Haapsalu_Metskond, lk 33
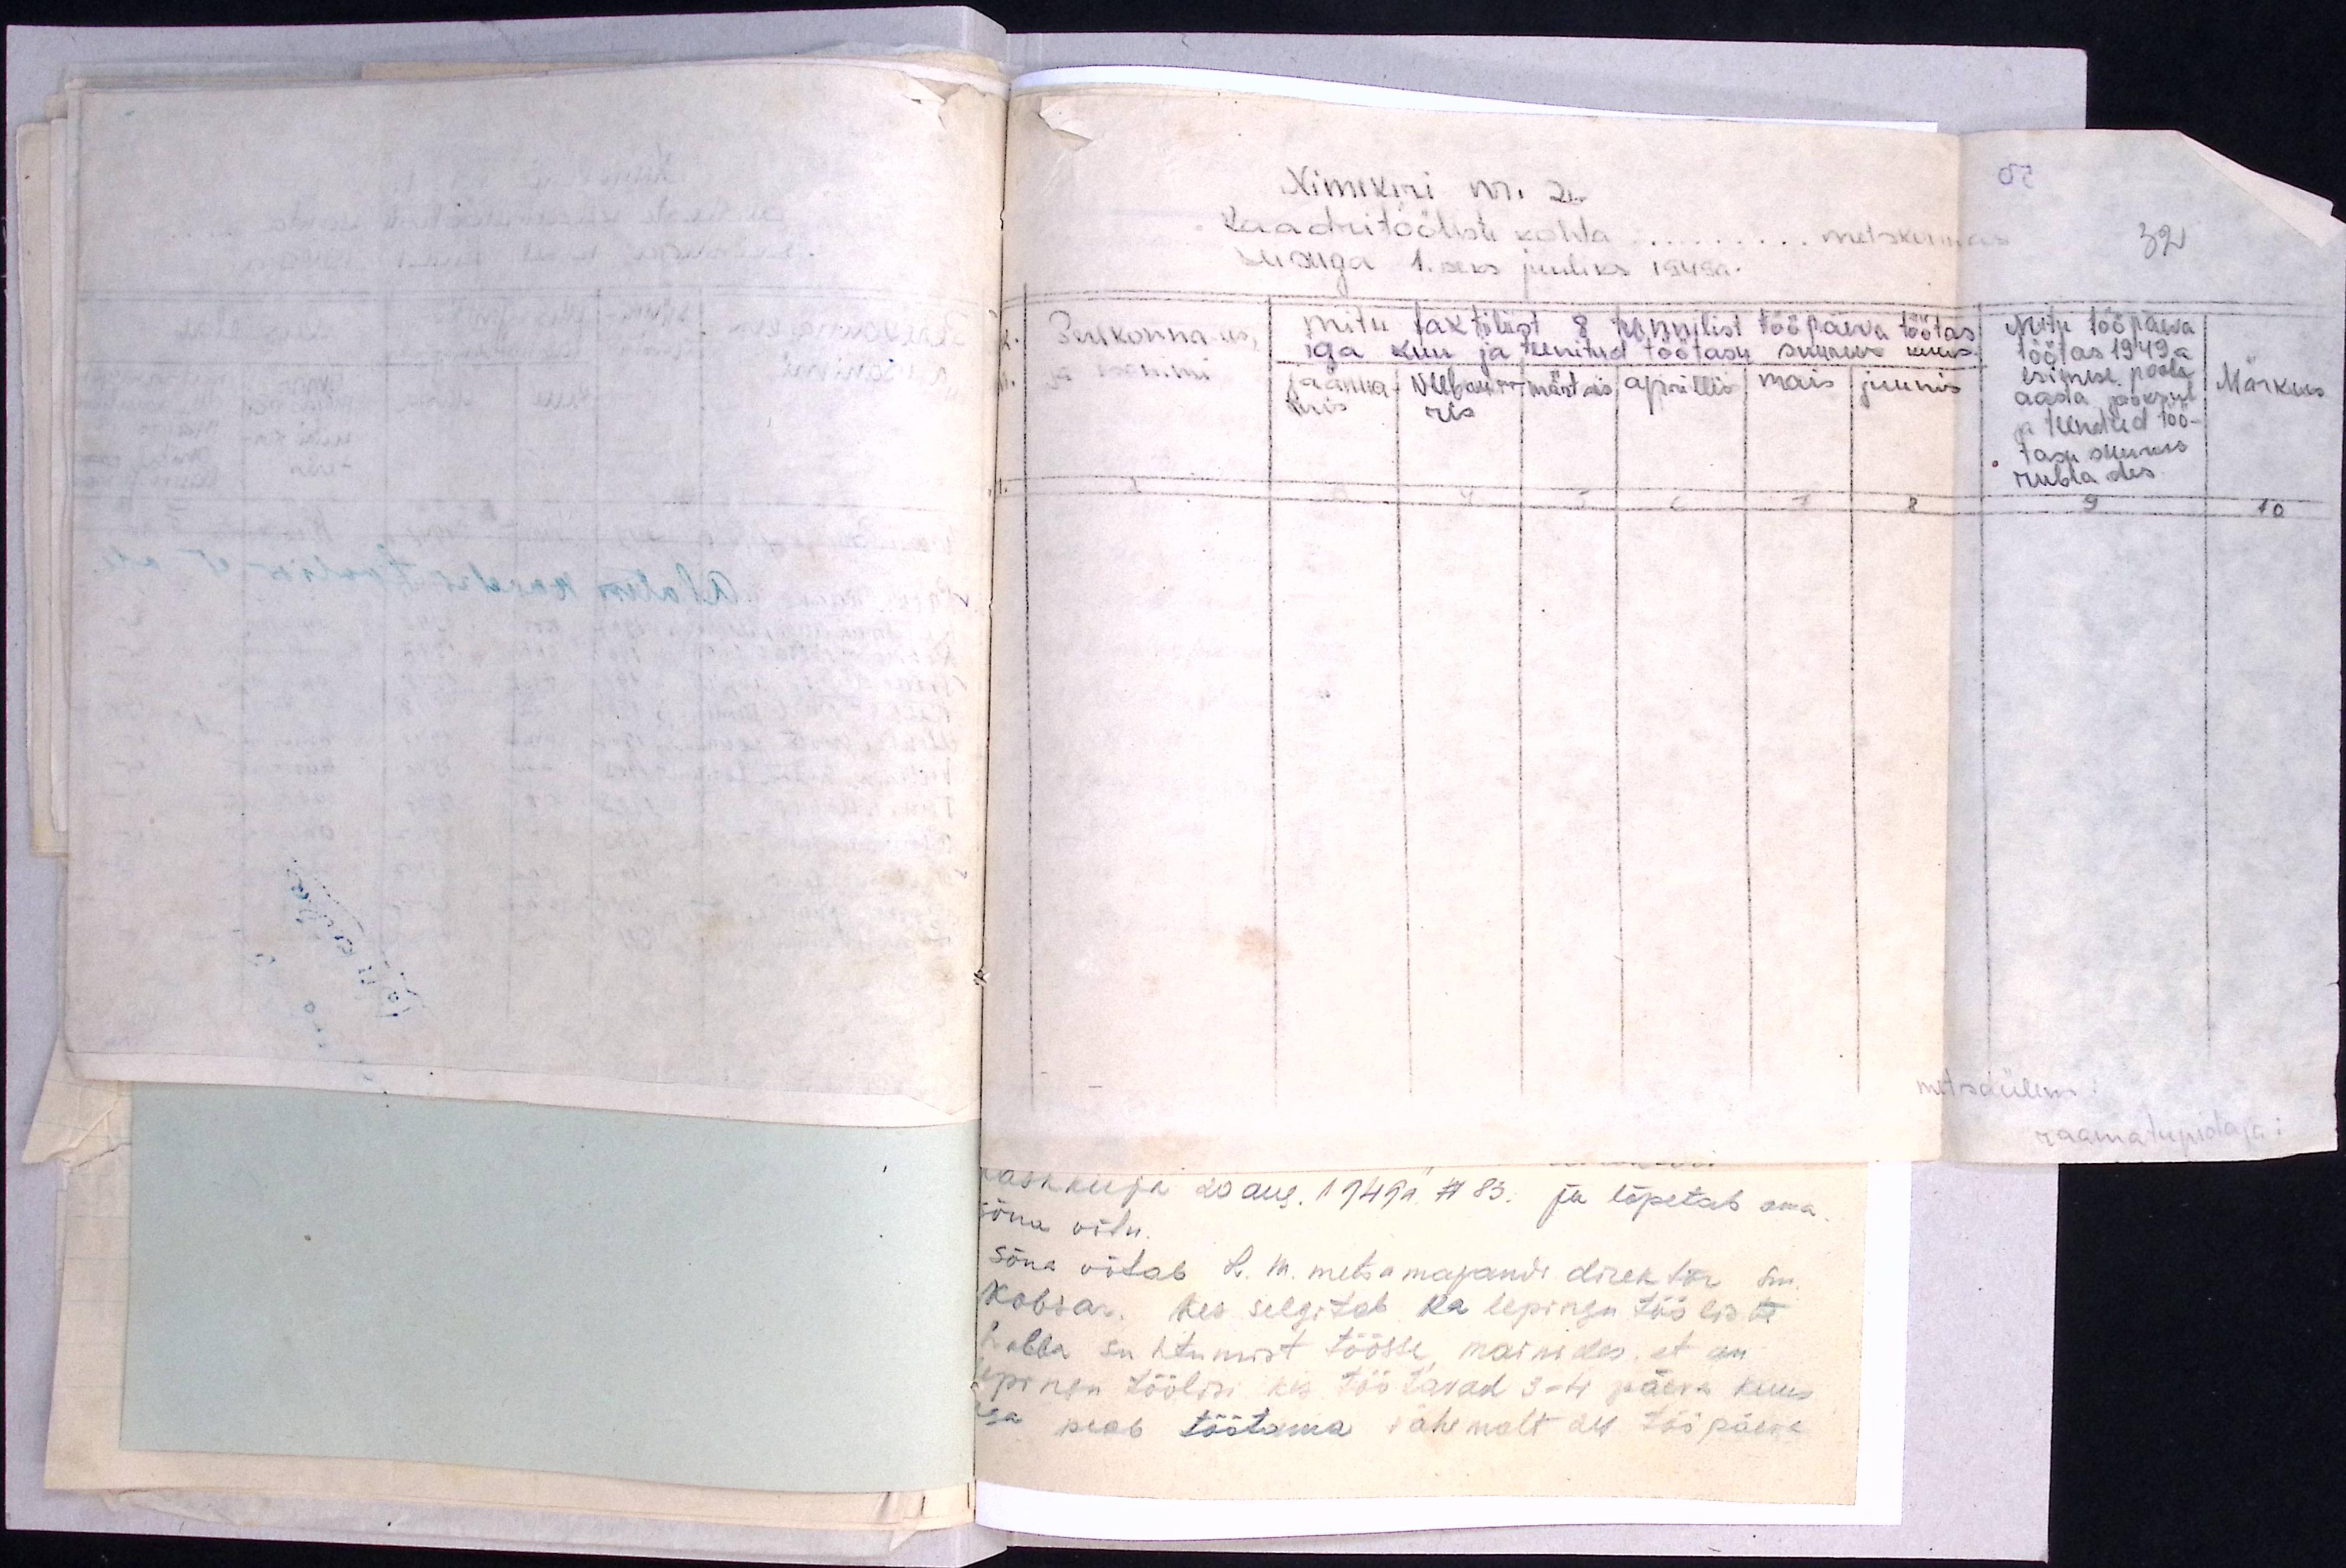
Nimekiri nr. 2.
Kaadritööliste kohta.... metskonnas
seisuga 1. seks juuliks 1949 a.
32
Perekonna- ees,
ja isanimi
mitu faktilist 8 tunnilist tööpäeva töötas
iga kuu ja teenitud töötasu suurus kuus.
jaanua-
ris
veebrua-
ris
märtsis aprillis mais juunis
Mitu tööpäeva
töötas 1949 a
esimese poole
aasta jooksul
ja teenitud töö-
tasu suurus
rublades.
Märkus
1 2 3 4 5 6 7 8 9 10
metsaülem:
raamatupidaja: